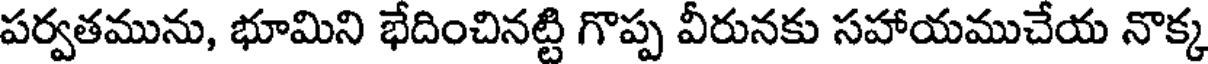
పర్వతమును, భూమిని భేదించినట్టి గొప్ప వీరునకు సహాయముచేయ నొక్క